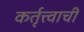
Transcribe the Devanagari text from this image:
कर्तृत्त्वाची